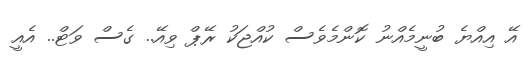
އޭ އިއްޔެ ބުނީމެއްނު ކޮންމެވެސް ކުއްޖަކު ރޭޕް ވިއޭ.. ގެސް ވަޓް.. އެއީ